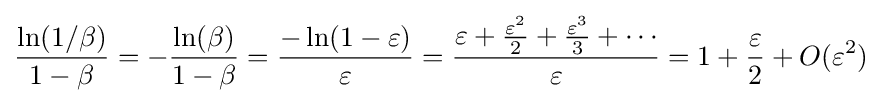
{\begin{aligned}{\frac {\ln(1/\beta )}{1-\beta }}=-{\frac {\ln(\beta )}{1-\beta }}={\frac {-\ln(1-\varepsilon )}{\varepsilon }}={\frac {\varepsilon +{\frac {\varepsilon ^{2}}{2}}+{\frac {\varepsilon ^{3}}{3}}+\cdots }{\varepsilon }}=1+{\frac {\varepsilon }{2}}+O(\varepsilon ^{2})\end{aligned}}